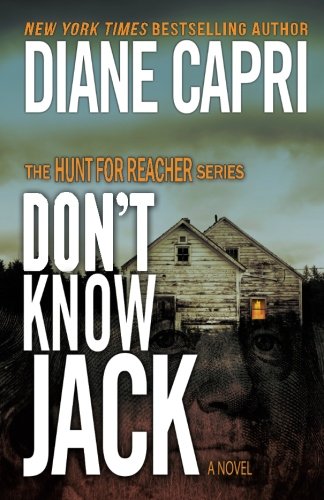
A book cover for Don't Know Jack (The Hunt for Jack Reacher Series) (Volume 1); Diane Capri; Mystery, Thriller & Suspense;